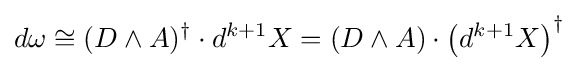
d\omega \cong (D\wedge A)^{\dagger }\cdot d^{k+1}X=(D\wedge A)\cdot \left(d^{k+1}X\right)^{\dagger }